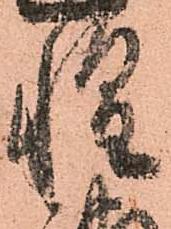
惶